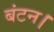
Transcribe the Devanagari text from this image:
बंटन।